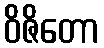
ဝိဇိတော